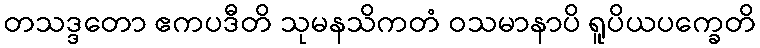
တသဒ္ဒတော ဧကပဒီတိ သုမနသိကတံ ဝသမာနာပိ ရူပိယပက္ခေတိ